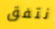
نتفق